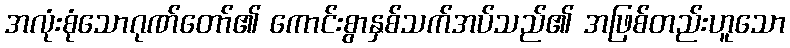
အလုံးစုံသောဂုဏ်တော်၏ ကောင်းစွာနှစ်သက်အပ်သည်၏ အဖြစ်တည်းဟူသော